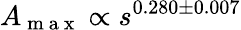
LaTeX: A_{\mathrm{~m~a~x~}}\propto s^{0.280\pm 0.007}